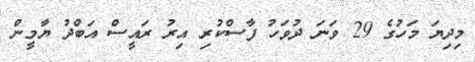
މިދިޔަ މަހުގެ 29 ވަނަ ދުވަހު ފާސްކުރި އިރު ރައީސް އަބްދު ޔާމީން